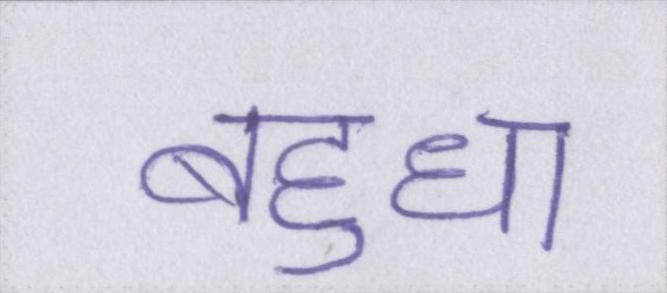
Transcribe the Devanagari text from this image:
बहुधा